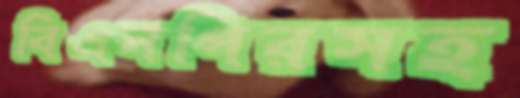
বিএনপিরসহ